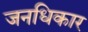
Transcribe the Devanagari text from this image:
जनधिकार